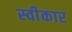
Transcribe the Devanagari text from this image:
स्वीेकार